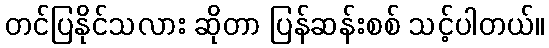
တင်ပြနိုင်သလား ဆိုတာ ပြန်ဆန်းစစ် သင့်ပါတယ်။